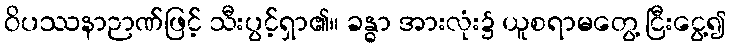
ဝိပဿနာဉာဏ်ဖြင့် သီးပွင့်ရှာ၏။ ခန္ဓာ အားလုံး၌ ယူစရာမတွေ့ ငြီးငွေ့၍